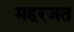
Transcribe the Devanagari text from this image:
महरजत